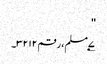
''
۷؂مسلم، رقم ۳۲۱۲۔